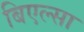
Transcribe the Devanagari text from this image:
बिएल्सा